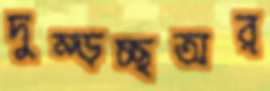
দুম্‌ড়চ্ছঅর্